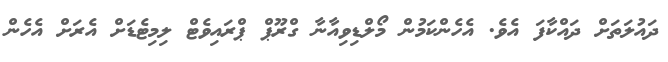
ދައުލަތަށް ދައްކާފަ އެވެ. އެހެންކަމުން މޯލްޑިވިއާނާ ގްރޫޕް ޕްރައިވެޓް ލިމިޓެޑަށް އެރަށް އެހެން